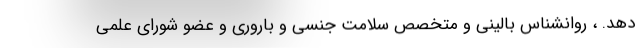
دهد. ، روانشناس بالینی و متخصص سلامت جنسی و باروری و عضو شورای علمی